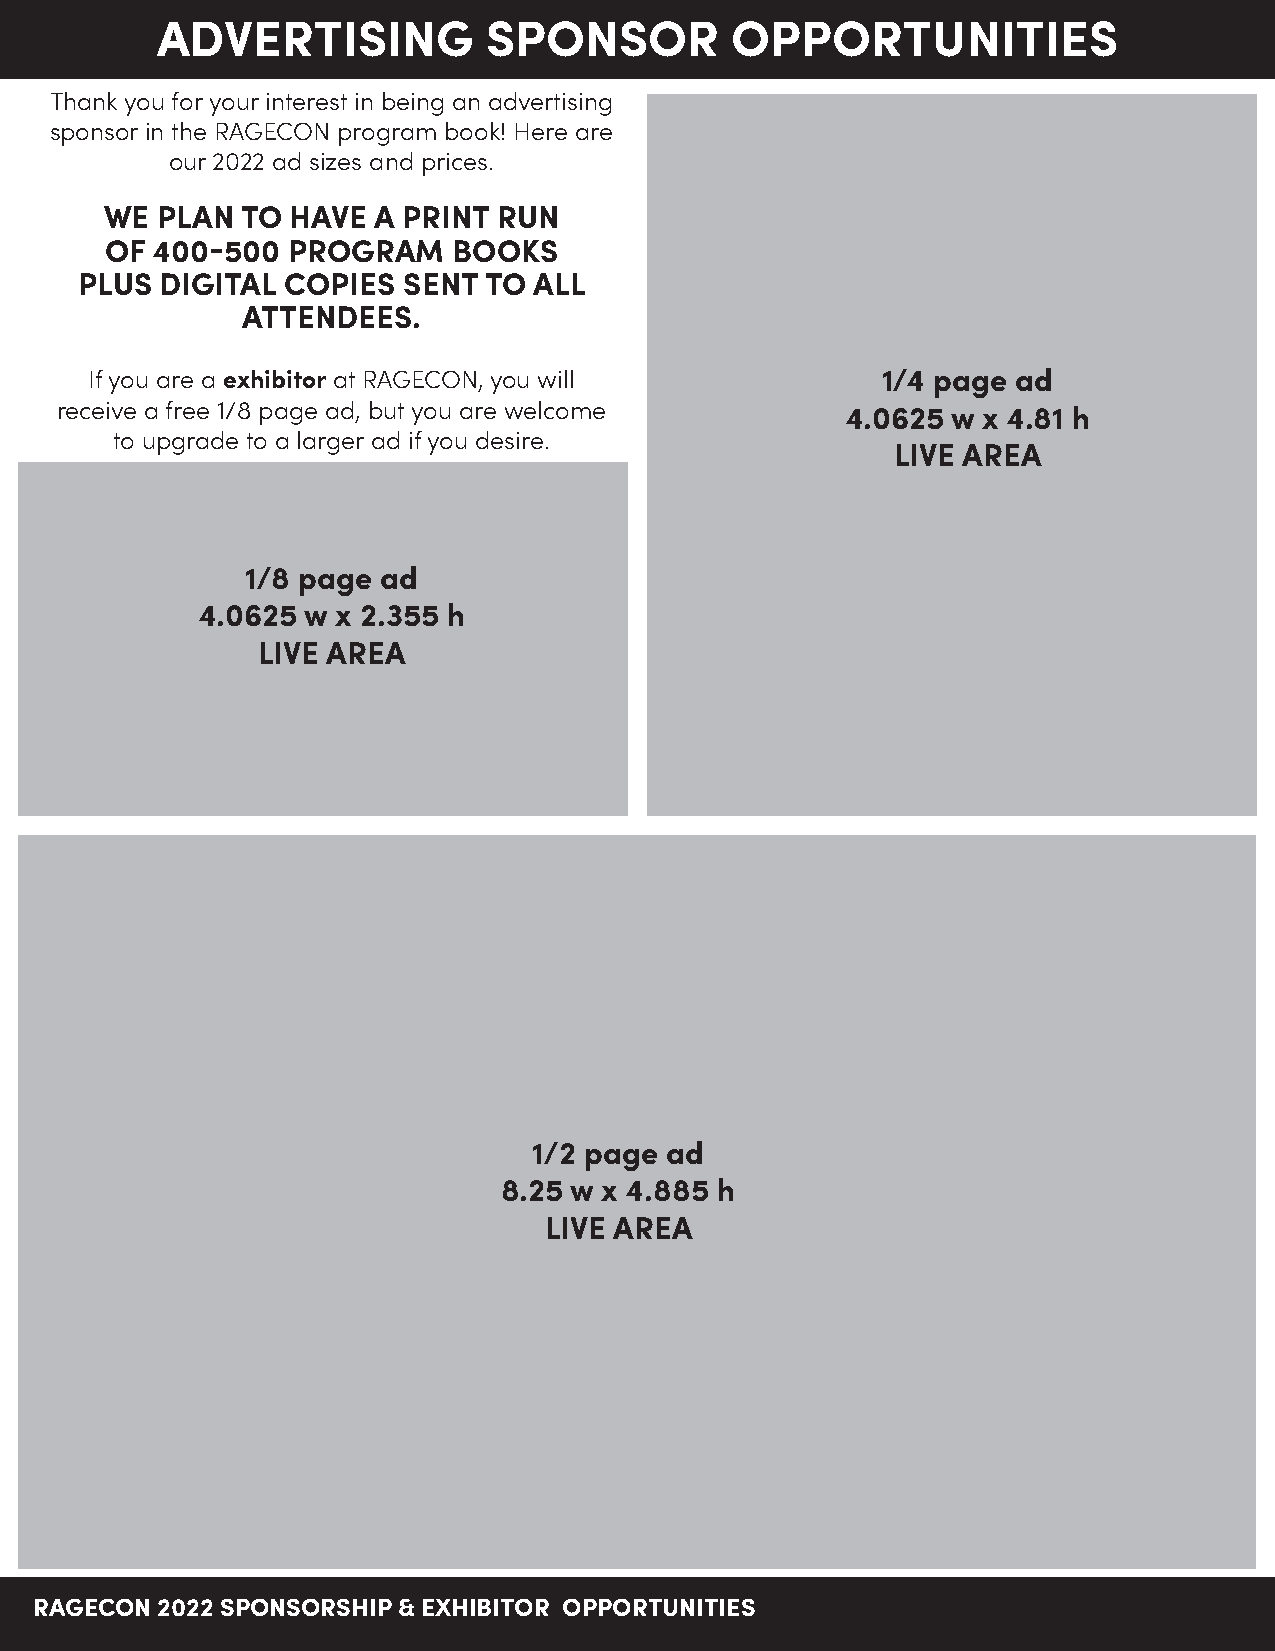
ADVERTISING           SPONSOR         OPPORTUNITIES
 Thank you for your interest in being an advertising
 sponsor in the RAGECON program book! Here are
 our 2022 ad sizes and prices.
 WE PLAN  TO HAVE  A PRINT RUN
 OF 400-500  PROGRAM    BOOKS
 PLUS  DIGITAL COPIES  SENT TO ALL
 ATTENDEES.
 If you are a exhibitor at RAGECON, you will         1/4 page ad
 receive a free 1/8 page ad, but you are welcome
 4.0625 w x 4.81 h
 to upgrade to a larger ad if you desire.
 LIVE AREA
 1/8 page ad
 4.0625 w x 2.355 h
 LIVE AREA
 1/2 page ad
 8.25 w x 4.885 h
 LIVE AREA
 RAGECON 2022 SPONSORSHIP & EXHIBITOR OPPORTUNITIES